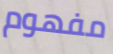
مفهوم